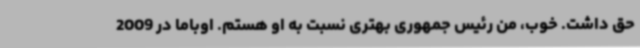
حق داشت. خوب، من رئیس جمهوری بهتری نسبت به او هستم. اوباما در 2009